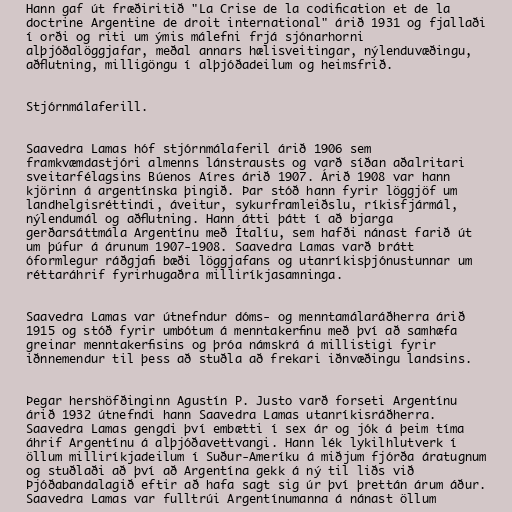
Hann gaf út fræðiritið "La Crise de la codification et de la
doctrine Argentine de droit international" árið 1931 og fjallaði
í orði og riti um ýmis málefni frjá sjónarhorni
alþjóðalöggjafar, meðal annars hælisveitingar, nýlenduvæðingu,
aðflutning, milligöngu í alþjóðadeilum og heimsfrið.

Stjórnmálaferill.

Saavedra Lamas hóf stjórnmálaferil árið 1906 sem
framkvæmdastjóri almenns lánstrausts og varð síðan aðalritari
sveitarfélagsins Búenos Aíres árið 1907. Árið 1908 var hann
kjörinn á argentínska þingið. Þar stóð hann fyrir löggjöf um
landhelgisréttindi, áveitur, sykurframleiðslu, ríkisfjármál,
nýlendumál og aðflutning. Hann átti þátt í að bjarga
gerðarsáttmála Argentínu með Ítalíu, sem hafði nánast farið út
um þúfur á árunum 1907-1908. Saavedra Lamas varð brátt
óformlegur ráðgjafi bæði löggjafans og utanríkisþjónustunnar um
réttaráhrif fyrirhugaðra milliríkjasamninga.

Saavedra Lamas var útnefndur dóms- og menntamálaráðherra árið
1915 og stóð fyrir umbótum á menntakerfinu með því að samhæfa
greinar menntakerfisins og þróa námskrá á millistigi fyrir
iðnnemendur til þess að stuðla að frekari iðnvæðingu landsins.

Þegar hershöfðinginn Agustín P. Justo varð forseti Argentínu
árið 1932 útnefndi hann Saavedra Lamas utanríkisráðherra.
Saavedra Lamas gengdi því embætti í sex ár og jók á þeim tíma
áhrif Argentínu á alþjóðavettvangi. Hann lék lykilhlutverk í
öllum milliríkjadeilum í Suður-Ameríku á miðjum fjórða áratugnum
og stuðlaði að því að Argentína gekk á ný til liðs við
Þjóðabandalagið eftir að hafa sagt sig úr því þrettán árum áður.
Saavedra Lamas var fulltrúi Argentínumanna á nánast öllum